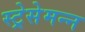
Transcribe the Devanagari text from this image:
स्ट्रेसेमन्न